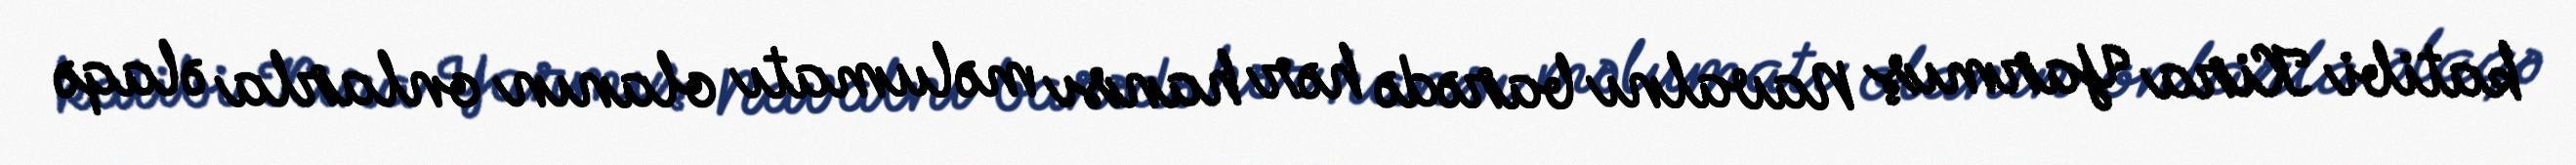
katibi Kira Yarmış Navalnı barədə hər hansı məlumatı olanın onlarla əlaqə